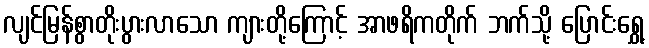
လျင်မြန်စွာတိုးပွားလာသော ကျားတို့ကြောင့် အာဖရိကတိုက် ဘက်သို့ ပြောင်းရွှေ့